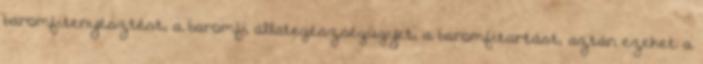
baromfitenyésztést, a baromfi állategészségügyet, a baromfitartást, aztán ezeket a